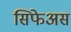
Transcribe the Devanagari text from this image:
सिफेअस